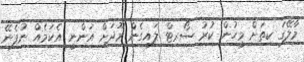
މާލޭގަ ކިތަށް މީހުން ކުރު ސޯރޓް ލައިގެން މޫދަށް އަންނީ އެކަމެއް ނުފެނޭ